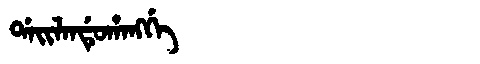
Manchu: ᡩᠠᡳᠯᠠᠨᡩᡠᡥᠠᠩᡤᡝ
Romanization: DAILANDUHANGGE